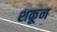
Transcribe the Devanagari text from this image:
शकून